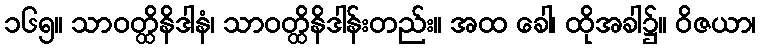
၁၆၅။ သာဝတ္ထိနိဒါနံ၊ သာဝတ္ထိနိဒါန်းတည်း။ အထ ခေါ၊ ထိုအခါ၌။ ဝိဇယာ၊